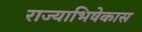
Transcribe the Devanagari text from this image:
राज्याभिषेकास